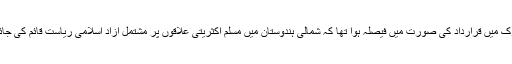
منٹو پارک میں قرارداد کی صورت میں فیصلہ ہوا تھا کہ شمالی ہندوستان میں مسلم اکثریتی علاقوں پر مشتمل آزاد اسلامی ریاست قائم کی جائے گی ۔